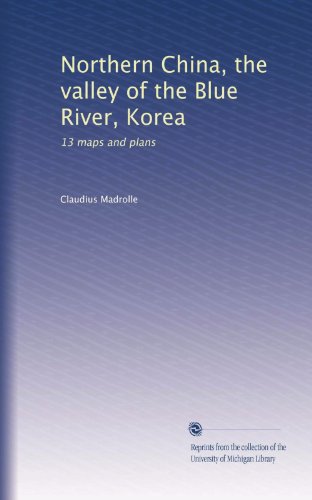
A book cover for Northern China, the valley of the Blue River, Korea: 13 maps and plans; Claudius Madrolle; Travel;